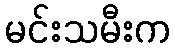
မင်းသမီးက